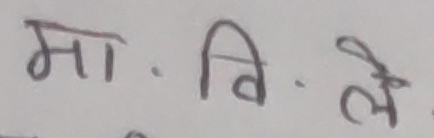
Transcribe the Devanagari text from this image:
मा. वि. ले